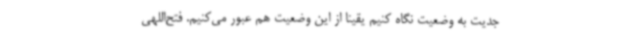
جدیت به وضعیت نگاه کنیم یقینا از این وضعیت هم عبور می‌کنیم. فتح‌اللهی